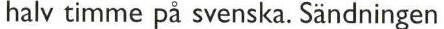
halv timme på svenska. Sändningen